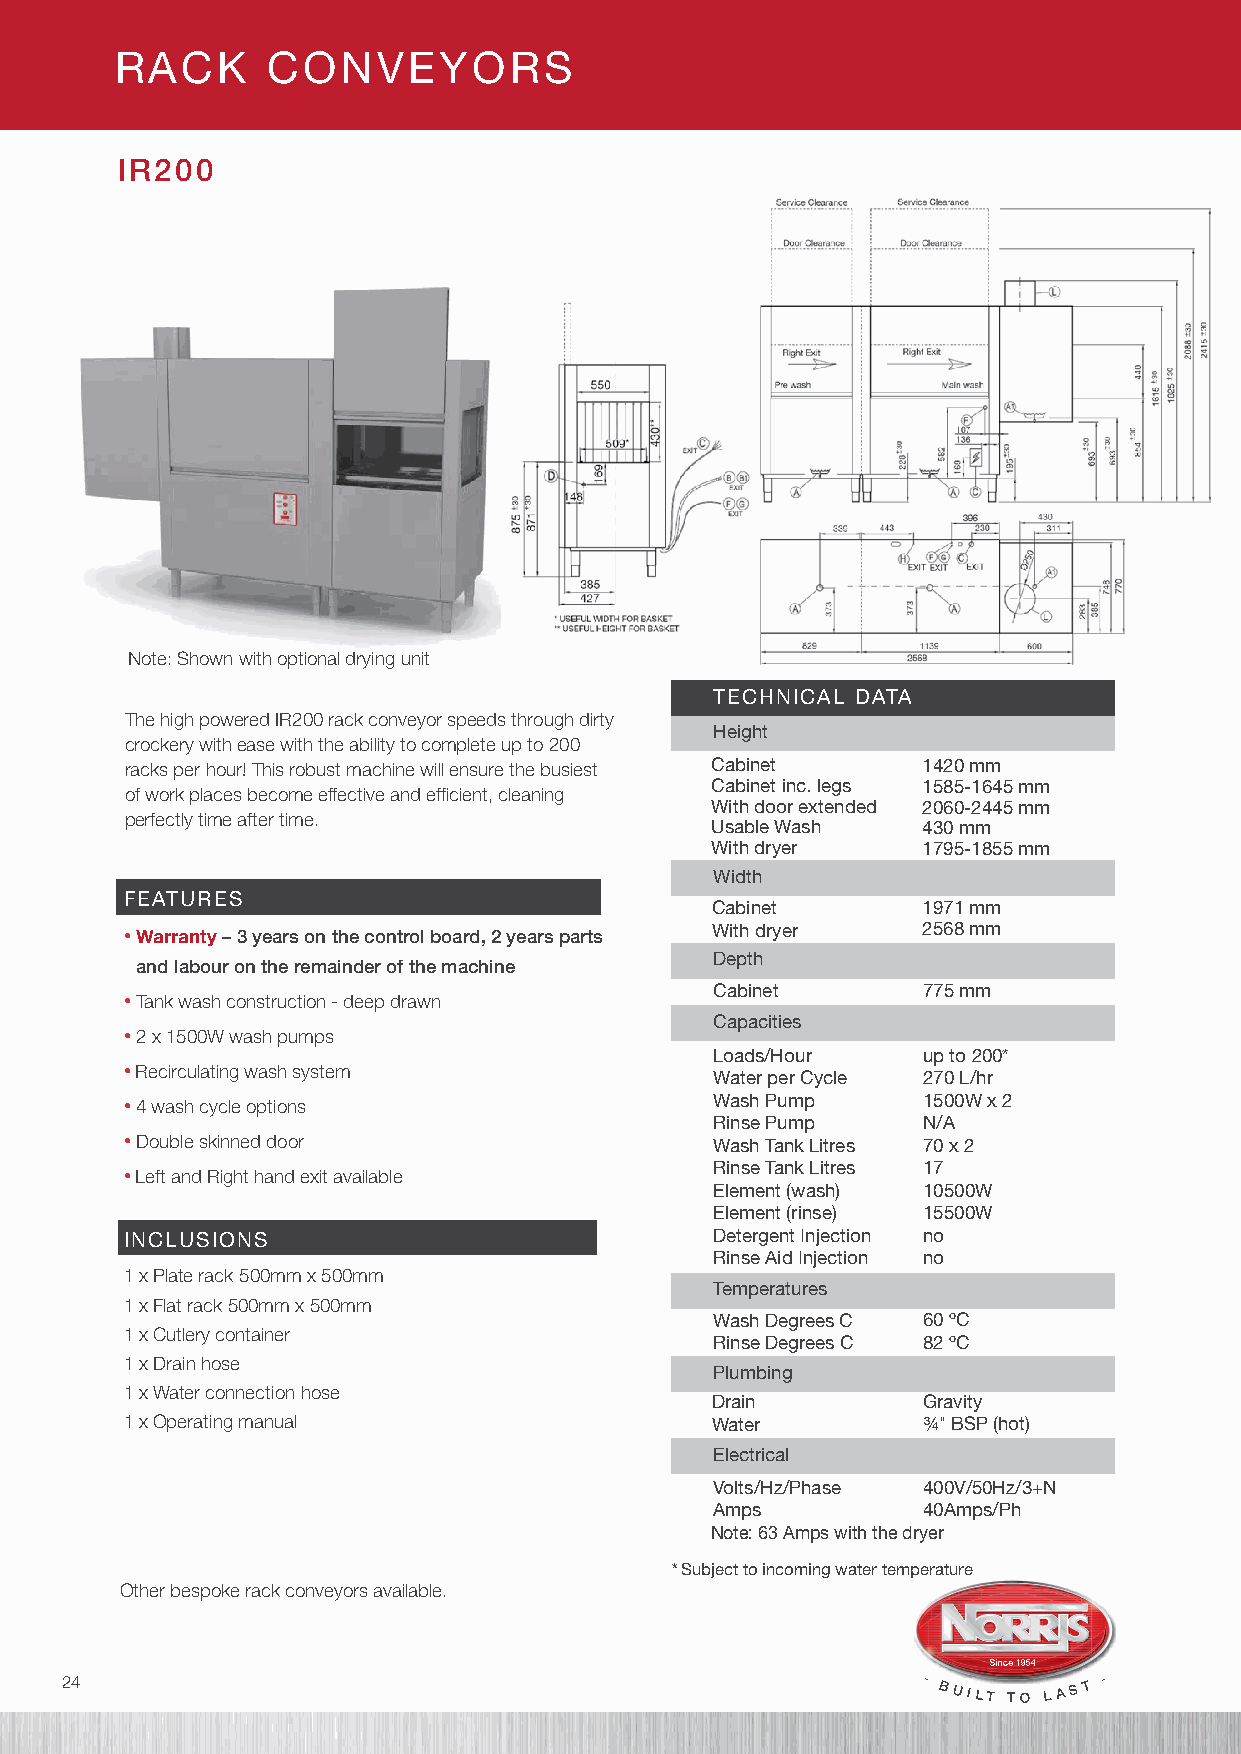
RACK      CONVEYORS
 IR200
 Note: Shown with optional drying unit
 TECHNICAL DATA
 The high powered IR200 rack conveyor speeds through dirty
 Height
 crockery with ease with the ability to complete up to 200
 racks per hour! This robust machine will ensure the busiest Cabinet 1420 mm
 of work places become effective and efficient, cleaning Cabinet inc. legs 1585-1645 mm
 With door extended 2060-2445 mm
 perfectly time after time.
 Usable Wash   430 mm
 With dryer    1795-1855 mm
 Width
 FEATURES
 Cabinet       1971 mm
 • Warranty – 3 years on the control board, 2 years parts With dryer 2568 mm
 and labour on the remainder of the machine Depth
 • Tank wash construction - deep drawn  Cabinet       775 mm
 Capacities
 • 2 x 1500W wash pumps
 Loads/Hour    up to 200*
 • Recirculating wash system
 Water per Cycle 270 L/hr
 • 4 wash cycle options                 Wash Pump     1500W x 2
 Rinse Pump    N/A
 • Double skinned door
 Wash Tank Litres 70 x 2
 • Left and Right hand exit available   Rinse Tank Litres 17
 Element (wash) 10500W
 Element (rinse) 15500W
 INCLUSIONS                             Detergent Injection no
 Rinse Aid Injection no
 1 x Plate rack 500mm x 500mm
 Temperatures
 1 x Flat rack 500mm x 500mm
 Wash Degrees C 60 ºC
 1 x Cutlery container
 Rinse Degrees C 82 ºC
 1 x Drain hose
 Plumbing
 1 x Water connection hose
 Drain         Gravity
 1 x Operating manual                   Water         ¾" BSP (hot)
 Electrical
 Volts/Hz/Phase 400V/50Hz/3+N
 Amps          40Amps/Ph
 Note: 63 Amps with the dryer
 * Subject to incoming water temperature
 Other bespoke rack conveyors available.
 24                                                       - BUILT TO L A S T -